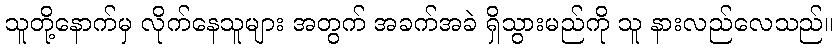
သူတို့နောက်မှ လိုက်နေသူများ အတွက် အခက်အခဲ ရှိသွားမည်ကို သူ နားလည်လေသည်။